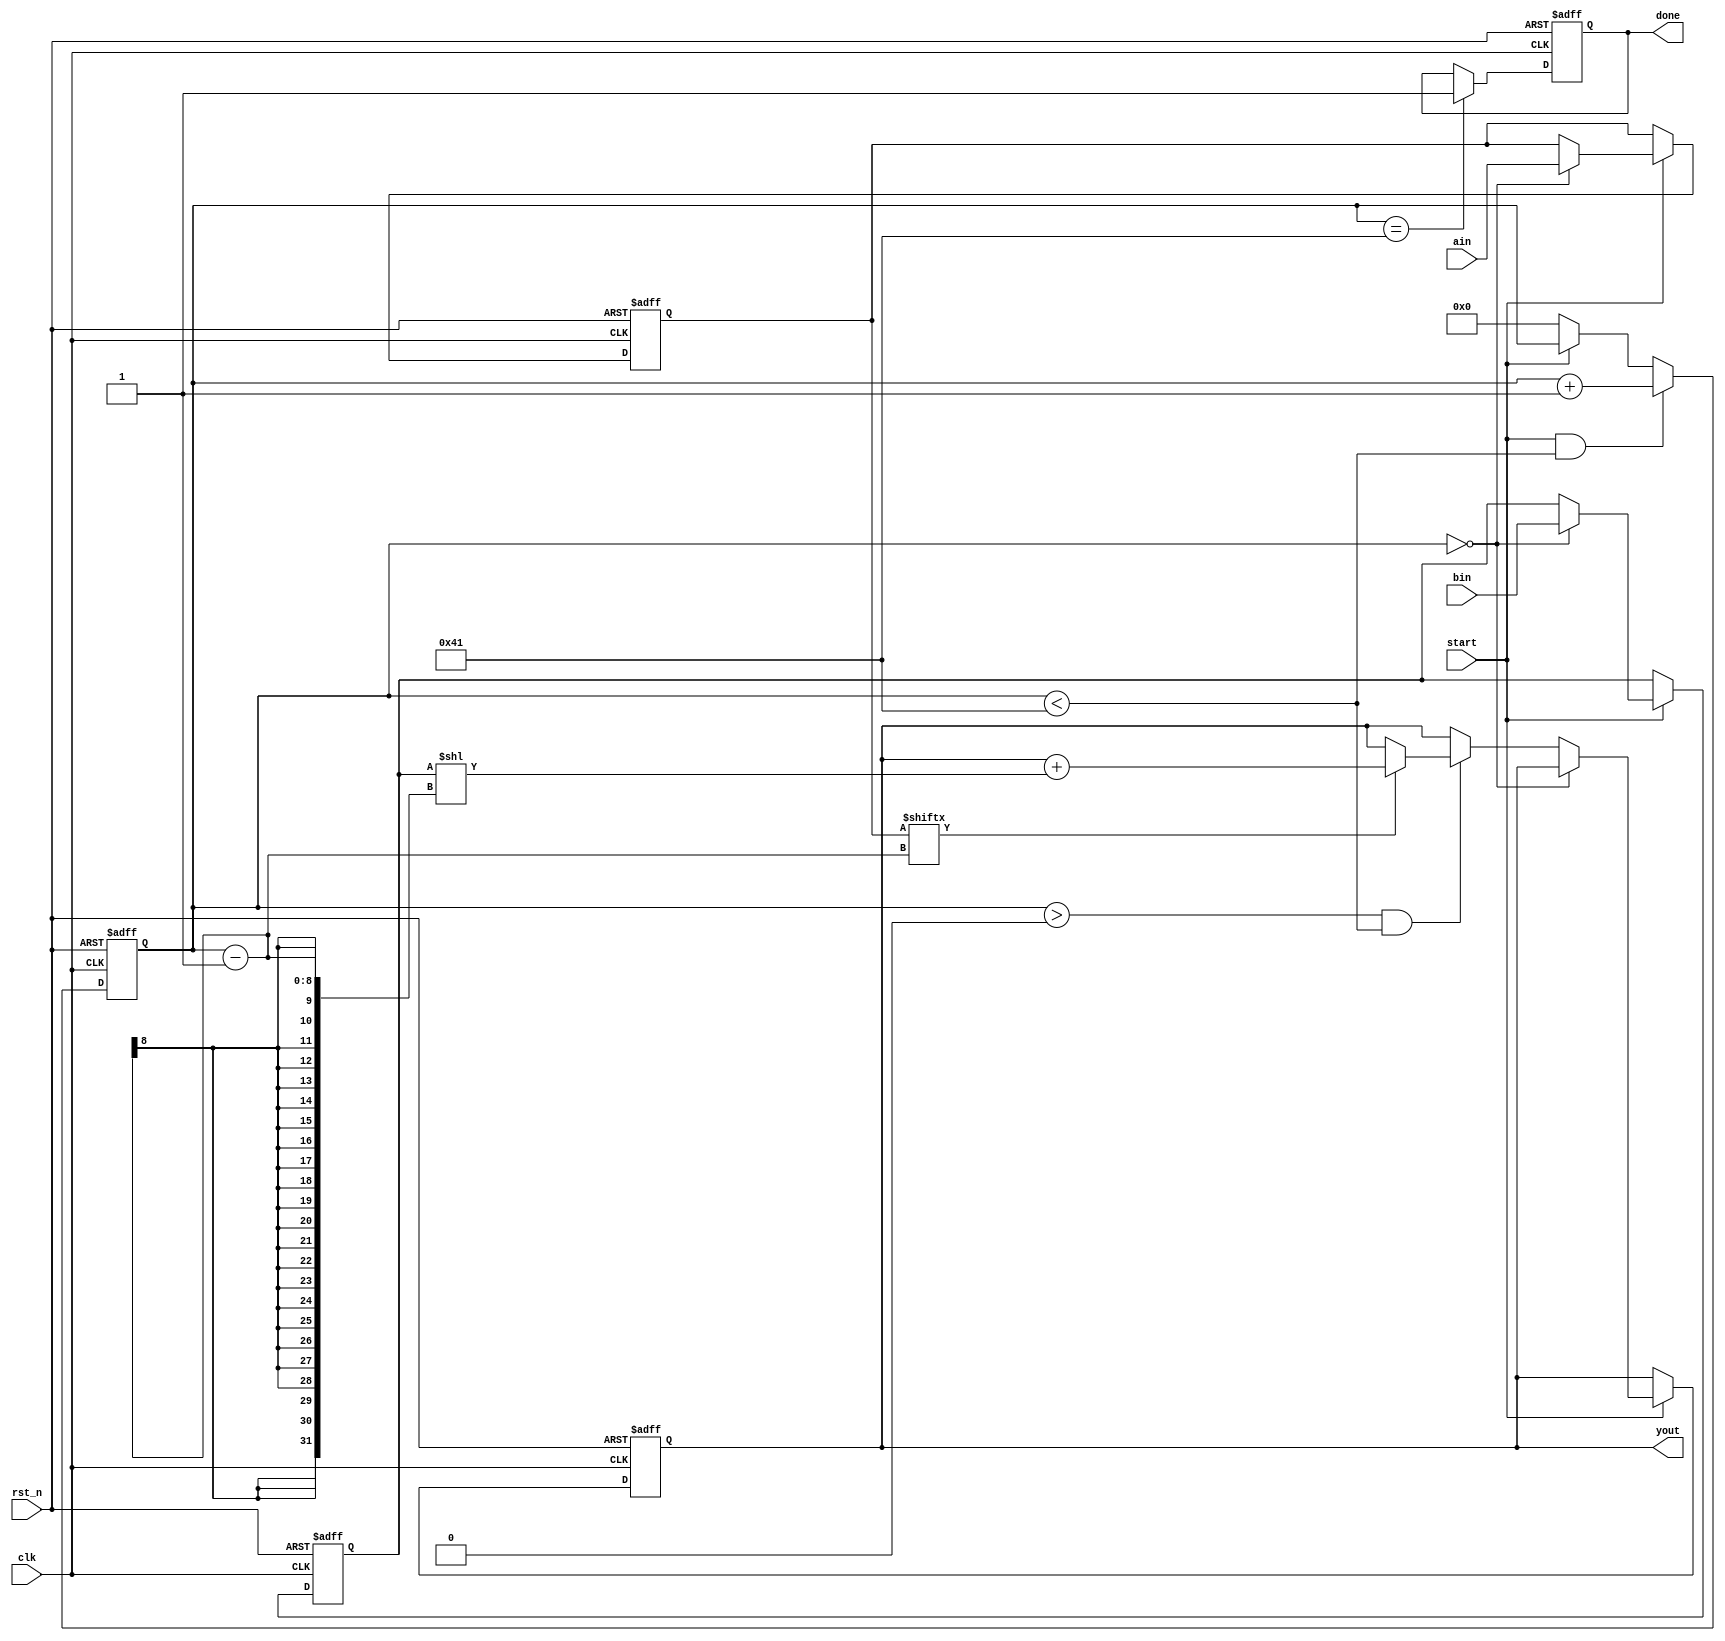
module mux64(
            clk,rst_n,
            start,ain,bin,yout,done
        );
        
input clk;        //时钟
input rst_n;    //复位
input start;     //使能，1：读入乘数、被乘数，并将乘积复位清零
input[63:0] ain;    //被乘数a，位宽16
input[63:0] bin;    //乘数b，位宽16
output[127:0] yout;    //乘积，位宽32
output done;        //完成标志

reg[63:0] areg;    
reg[63:0] breg;   
reg[127:0] yout_r;    
reg done_r;
reg[7:0] i;        //移位次数寄存器


//------------------------------------------------
//数据位控制
always @(posedge clk or negedge rst_n)
    if(!rst_n) i <= 8'd0;
    else if(start && i < 8'd65) i <= i+1'b1; 
    else if(!start) i <= 8'd0;

//------------------------------------------------
//完成标志生成
always @(posedge clk or negedge rst_n)
    if(!rst_n) done_r <= 1'b0;
    else if(i == 8'd65) done_r <= 1'b1;        
    else if(i == 8'd65) done_r <= 1'b0;        

assign done = done_r;

//------------------------------------------------
//移位累加
always @(posedge clk or negedge rst_n) begin
    if(!rst_n) begin 
            areg <= 64'h0000_0000_0000_0000;
            breg <= 64'h0000_0000_0000_0000;
            yout_r <= 128'h0000_0000_0000_0000_0000_0000_0000_0000_0000_0000_0000_0000_0000_0000_0000_0000;
        end
    else if(start) begin        
            if(i == 8'd0) begin    
                    areg <= ain;
                    breg <= bin;
                end
            else if(i > 8'd0 && i < 8'd65) begin
                    if(areg[i-1]) yout_r = yout_r + ({64'h0000_0000_0000_0000,breg}<<(i-1));    //?????
                    
                end
          
        end
end

assign yout = yout_r;

endmodule